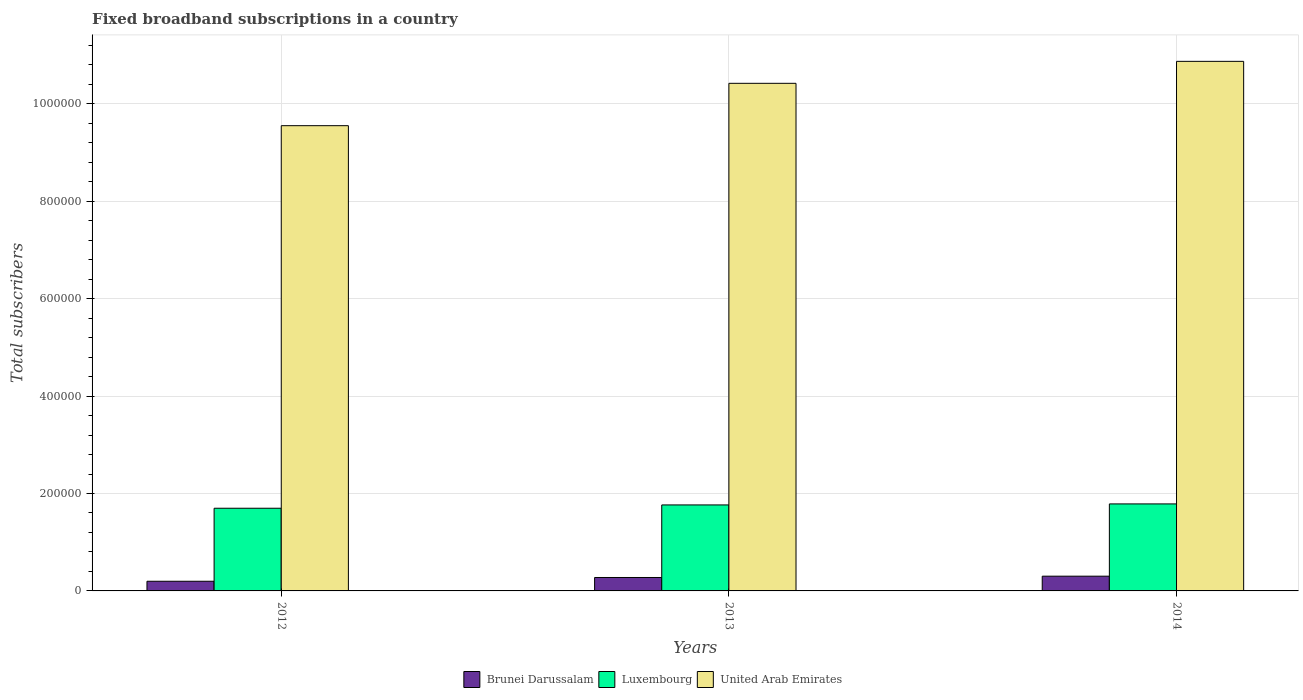
| Years | Brunei Darussalam | Luxembourg | United Arab Emirates |
 | --- | --- | --- | --- |
 | 2012 | 1.98e+04 | 1.7e+05 | 9.55e+05 |
 | 2013 | 2.76e+04 | 1.76e+05 | 1.04e+06 |
 | 2014 | 3.03e+04 | 1.79e+05 | 1.09e+06 |